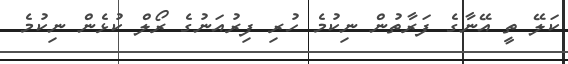
ކަލޭ ތީ އޭނާގެ ފަރާތުން ނިކުމެ ހުރި ފިރުއަނުގެ ރޯލް ކުޅެން ނިކުމެ